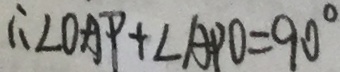
\therefore \angle O A P + \angle A P O = 9 0 ^ { \circ }